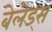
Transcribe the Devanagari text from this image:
बेलेड्स